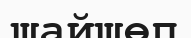
шайшөп